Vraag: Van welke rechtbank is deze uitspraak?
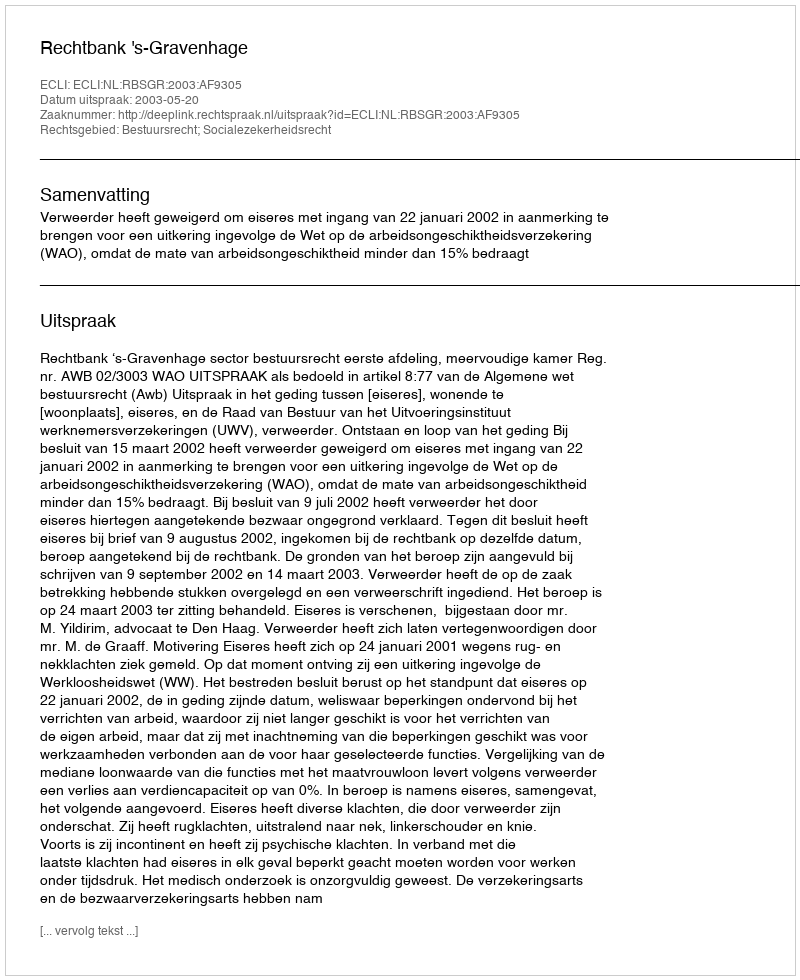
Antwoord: Rechtbank 's-Gravenhage